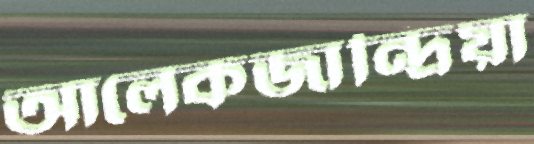
আলেকজান্দ্রিয়া